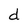
Character: d